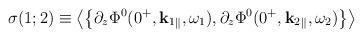
LaTeX: \begin{align*}\sigma(1;2)\equiv \left\langle\left\{\partial_z\Phi^0(0^+,{\bf k}_1{}_{\|},\omega_1),\partial_z\Phi^0(0^+,{\bf k}_2{}_{\|},\omega_2)\right\}\right\rangle\end{align*}